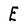
Character: E